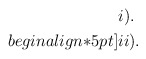
\begin{align*}\begin{aligned}&i) .\\begin{align*}5pt]&ii) . \end{aligned}\end{align*}